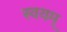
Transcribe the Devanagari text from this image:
स्वयम्‌